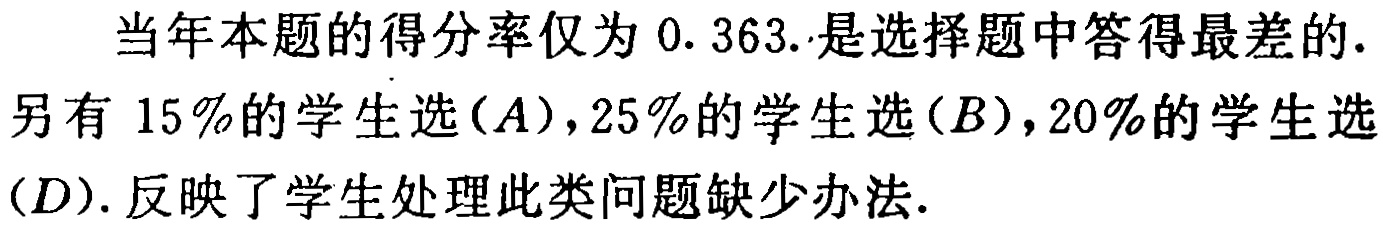
当年本题的得分率仅为 0.363.是选择题中答得最差的.
另有 \(15\%\)的学生选\((A)\)，\(25\%\)的学生选\((B)\)，\(20\%\)的学生选\((D)\). 反映了学生处理此类问题缺少办法.